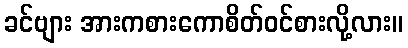
ခင်ဗျား အားကစားကောစိတ်ဝင်စားလို့လား။